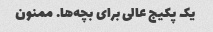
یک پکیج عالی برای بچه‌ها. ممنون